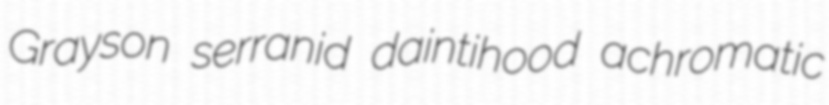
Grayson serranid daintihood achromatic